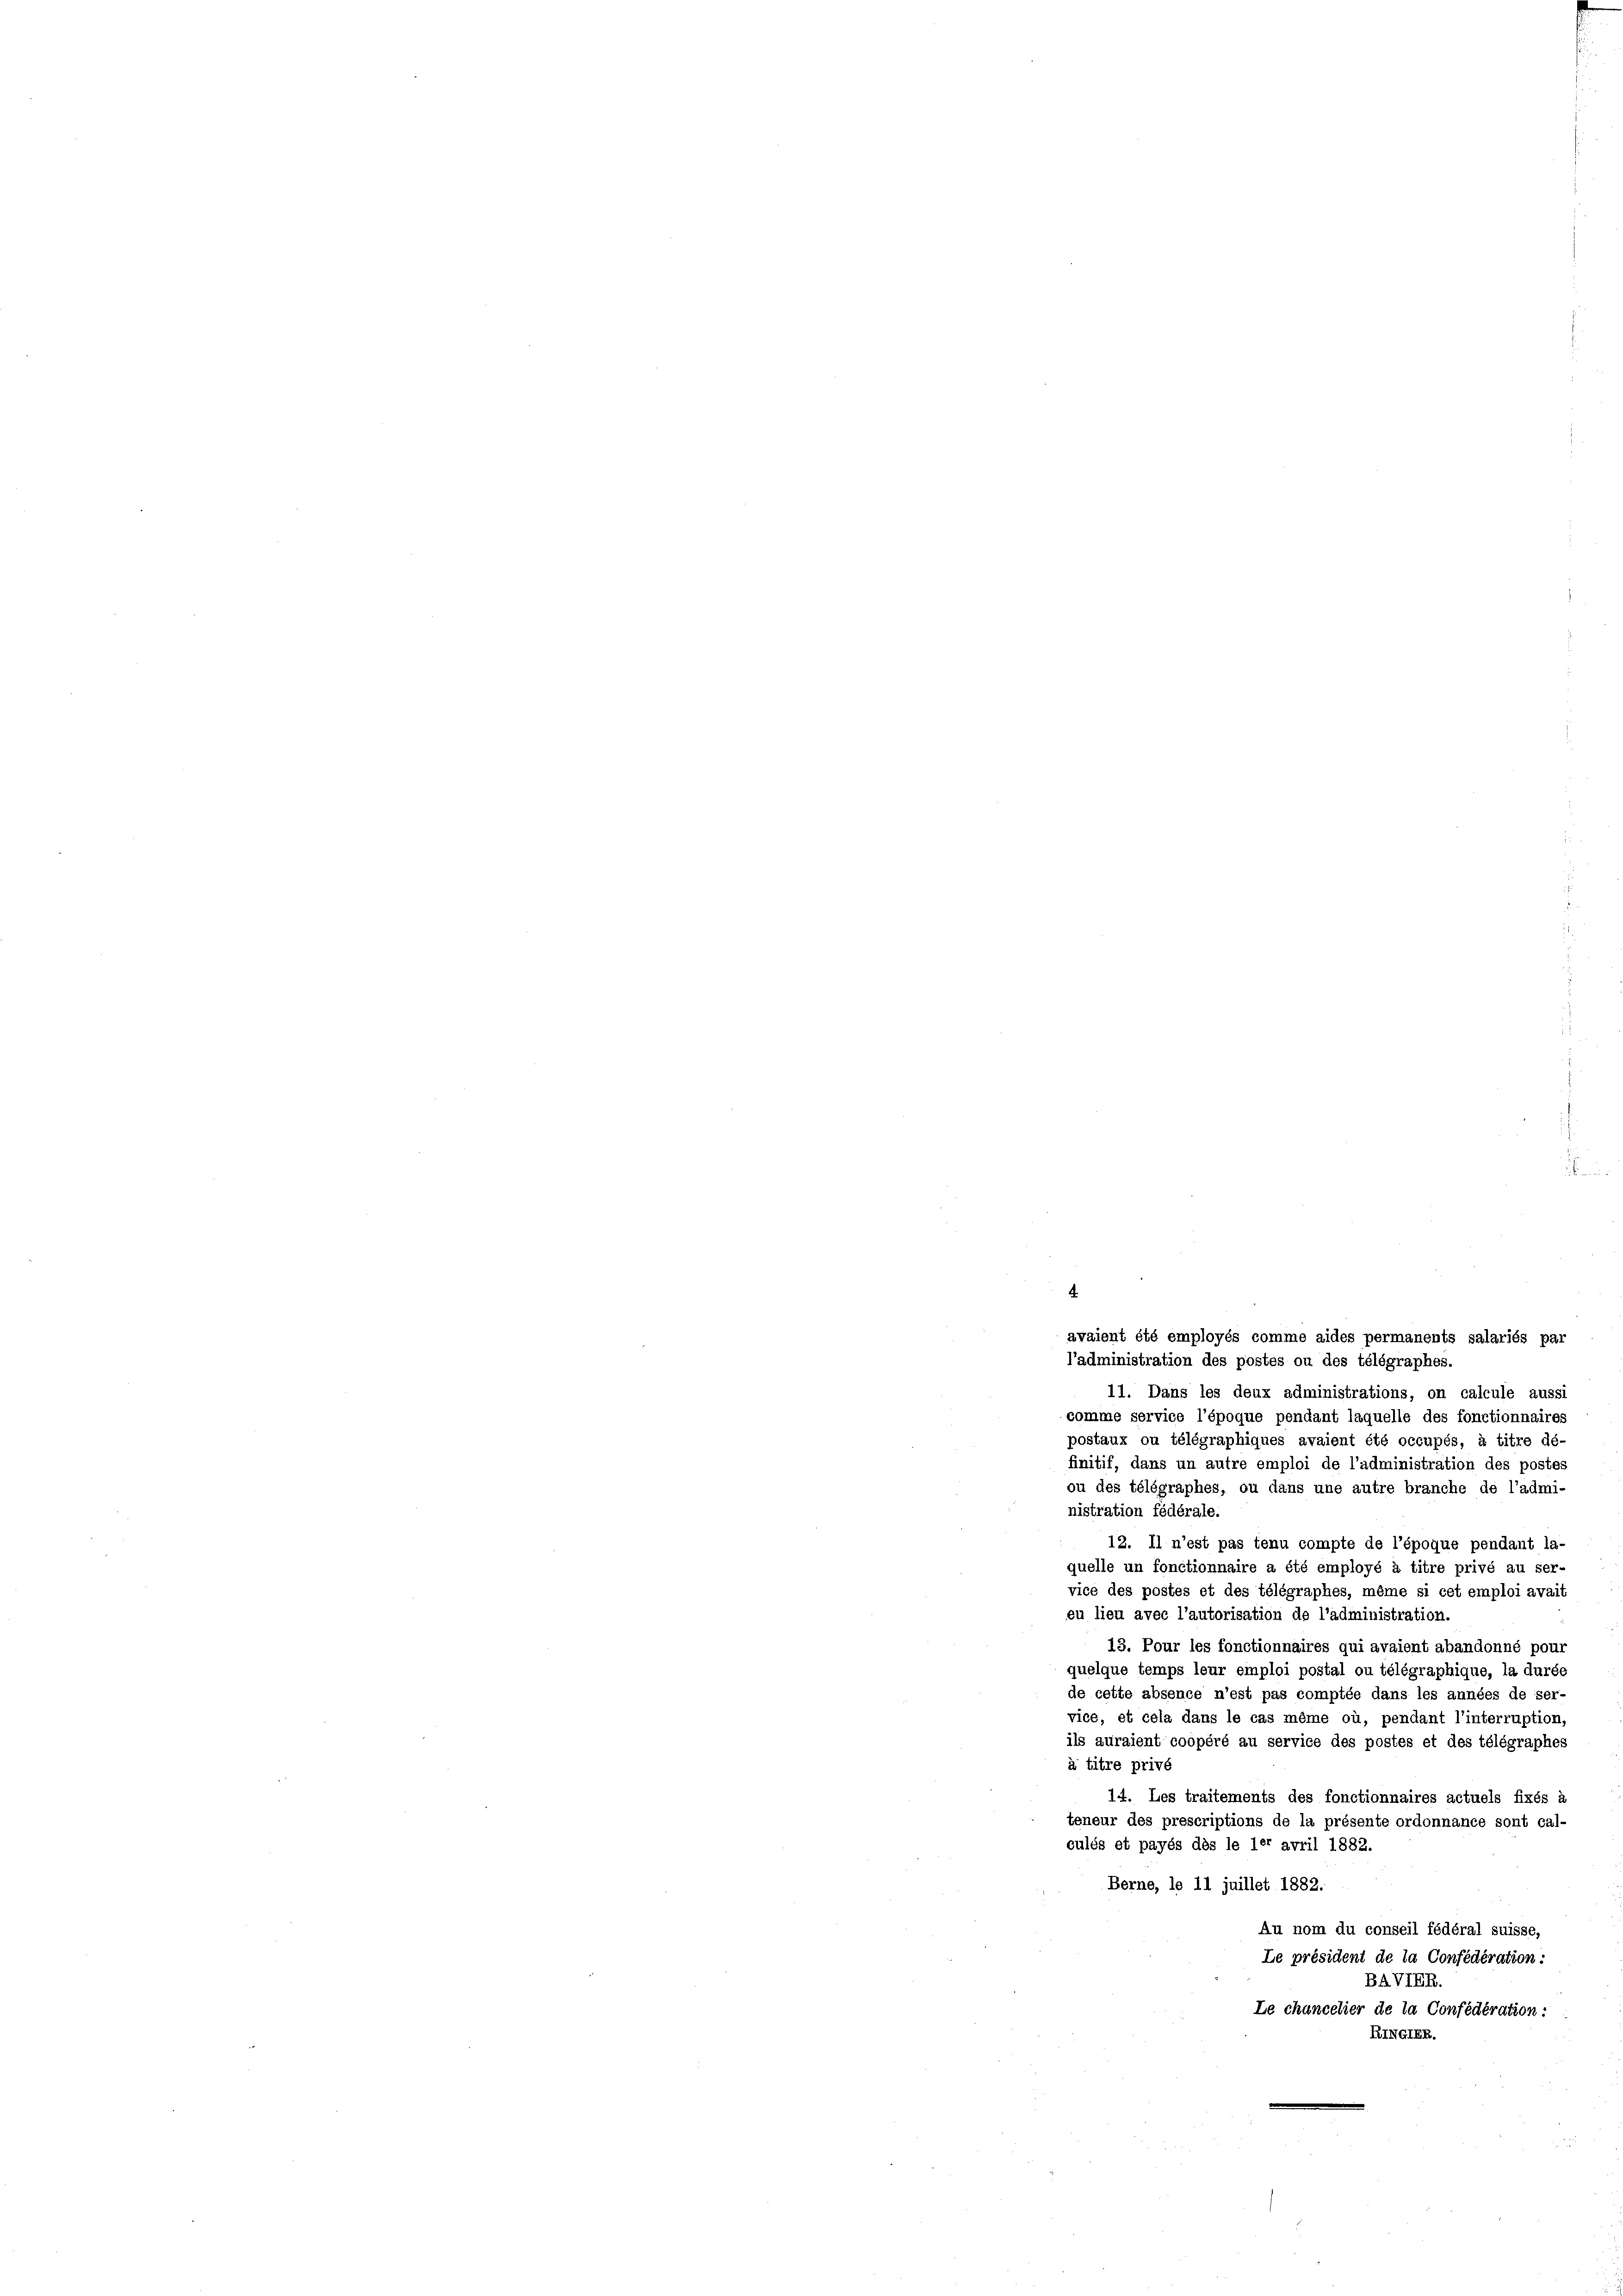
.
avaient été employés comme aides permanents salariés par
l’administration des postes ou des télégraphes.
11. Dans les deux administrations, on calcule aussi
comme service l’époque pendant laquelle des fonctionnaires
postaux ou télégraphiques avaient été occupés, à titre dé-
finitif, dans un autre emploi de l’administration des postes
ou des télégraphes, ou dans une autre branche de l’admi-
nistration fédérale.
12. Il n’est pas tenu compte de l’époque pendant la-
quelle un fonctionnaire a été employé à titre privé au ser
vice des postes et des télégraphes, même si cet emploi avais
eu lieu avec l’autorisation de l’administration.
13. Pour les fonctionnaires qui avaient abandonné poui
quelque temps leur emploi postal ou télégraphique, la durée
de cette absence n’est pas comptée dans les années de ser-
vice, et cela dans le cas même où, pendant l’interruption,
ils auraient coopéré au service des postes et des télégraphes
à titre privé
14. Les traitements des fonctionnaires actuels fixés à
teneur des prescriptions de la présente ordonnance sont cal-
culés et payés dès le ler avril 1882.
Berne, le 11 juillet 1882.
Au nom du conseil fédéral suisse,
Le président de la Confederation:
BAVIER.
Le chancelier de la Confédération:
RINGIER.